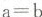
$$a = b$$